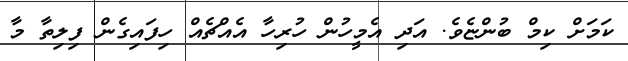
ކަމަށް ކިމް ބުންޏެވެ. އަދި އެމީހުން ހުރިހާ އެއްޗެއް ހިފައިގެން ފިލިތާ މާ